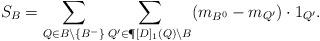
LaTeX: \begin{align*} S_B= \sum\limits_{Q\in B\setminus \{B^-\}} \sum\limits_{Q'\in \P[D]_1(Q)\setminus B} (m_{B^0} - m_{Q'})\cdot 1_{Q'}.\end{align*}